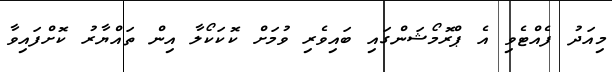
މިއަދު ފެއްޓެވި އެ ޕްރޮމޯޝަންގައި ބައިވެރި ވުމަށް ކޮކަކޯލާ އިން ތައްޔާރު ކޮށްފައިވާ